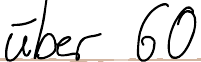
über 60